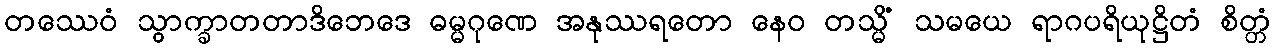
တဿေဝံ သွာက္ခာတတာဒိဘေဒေ ဓမ္မဂုဏေ အနုဿရတော နေဝ တသ္မိံ သမယေ ရာဂပရိယုဋ္ဌိတံ စိတ္တံ